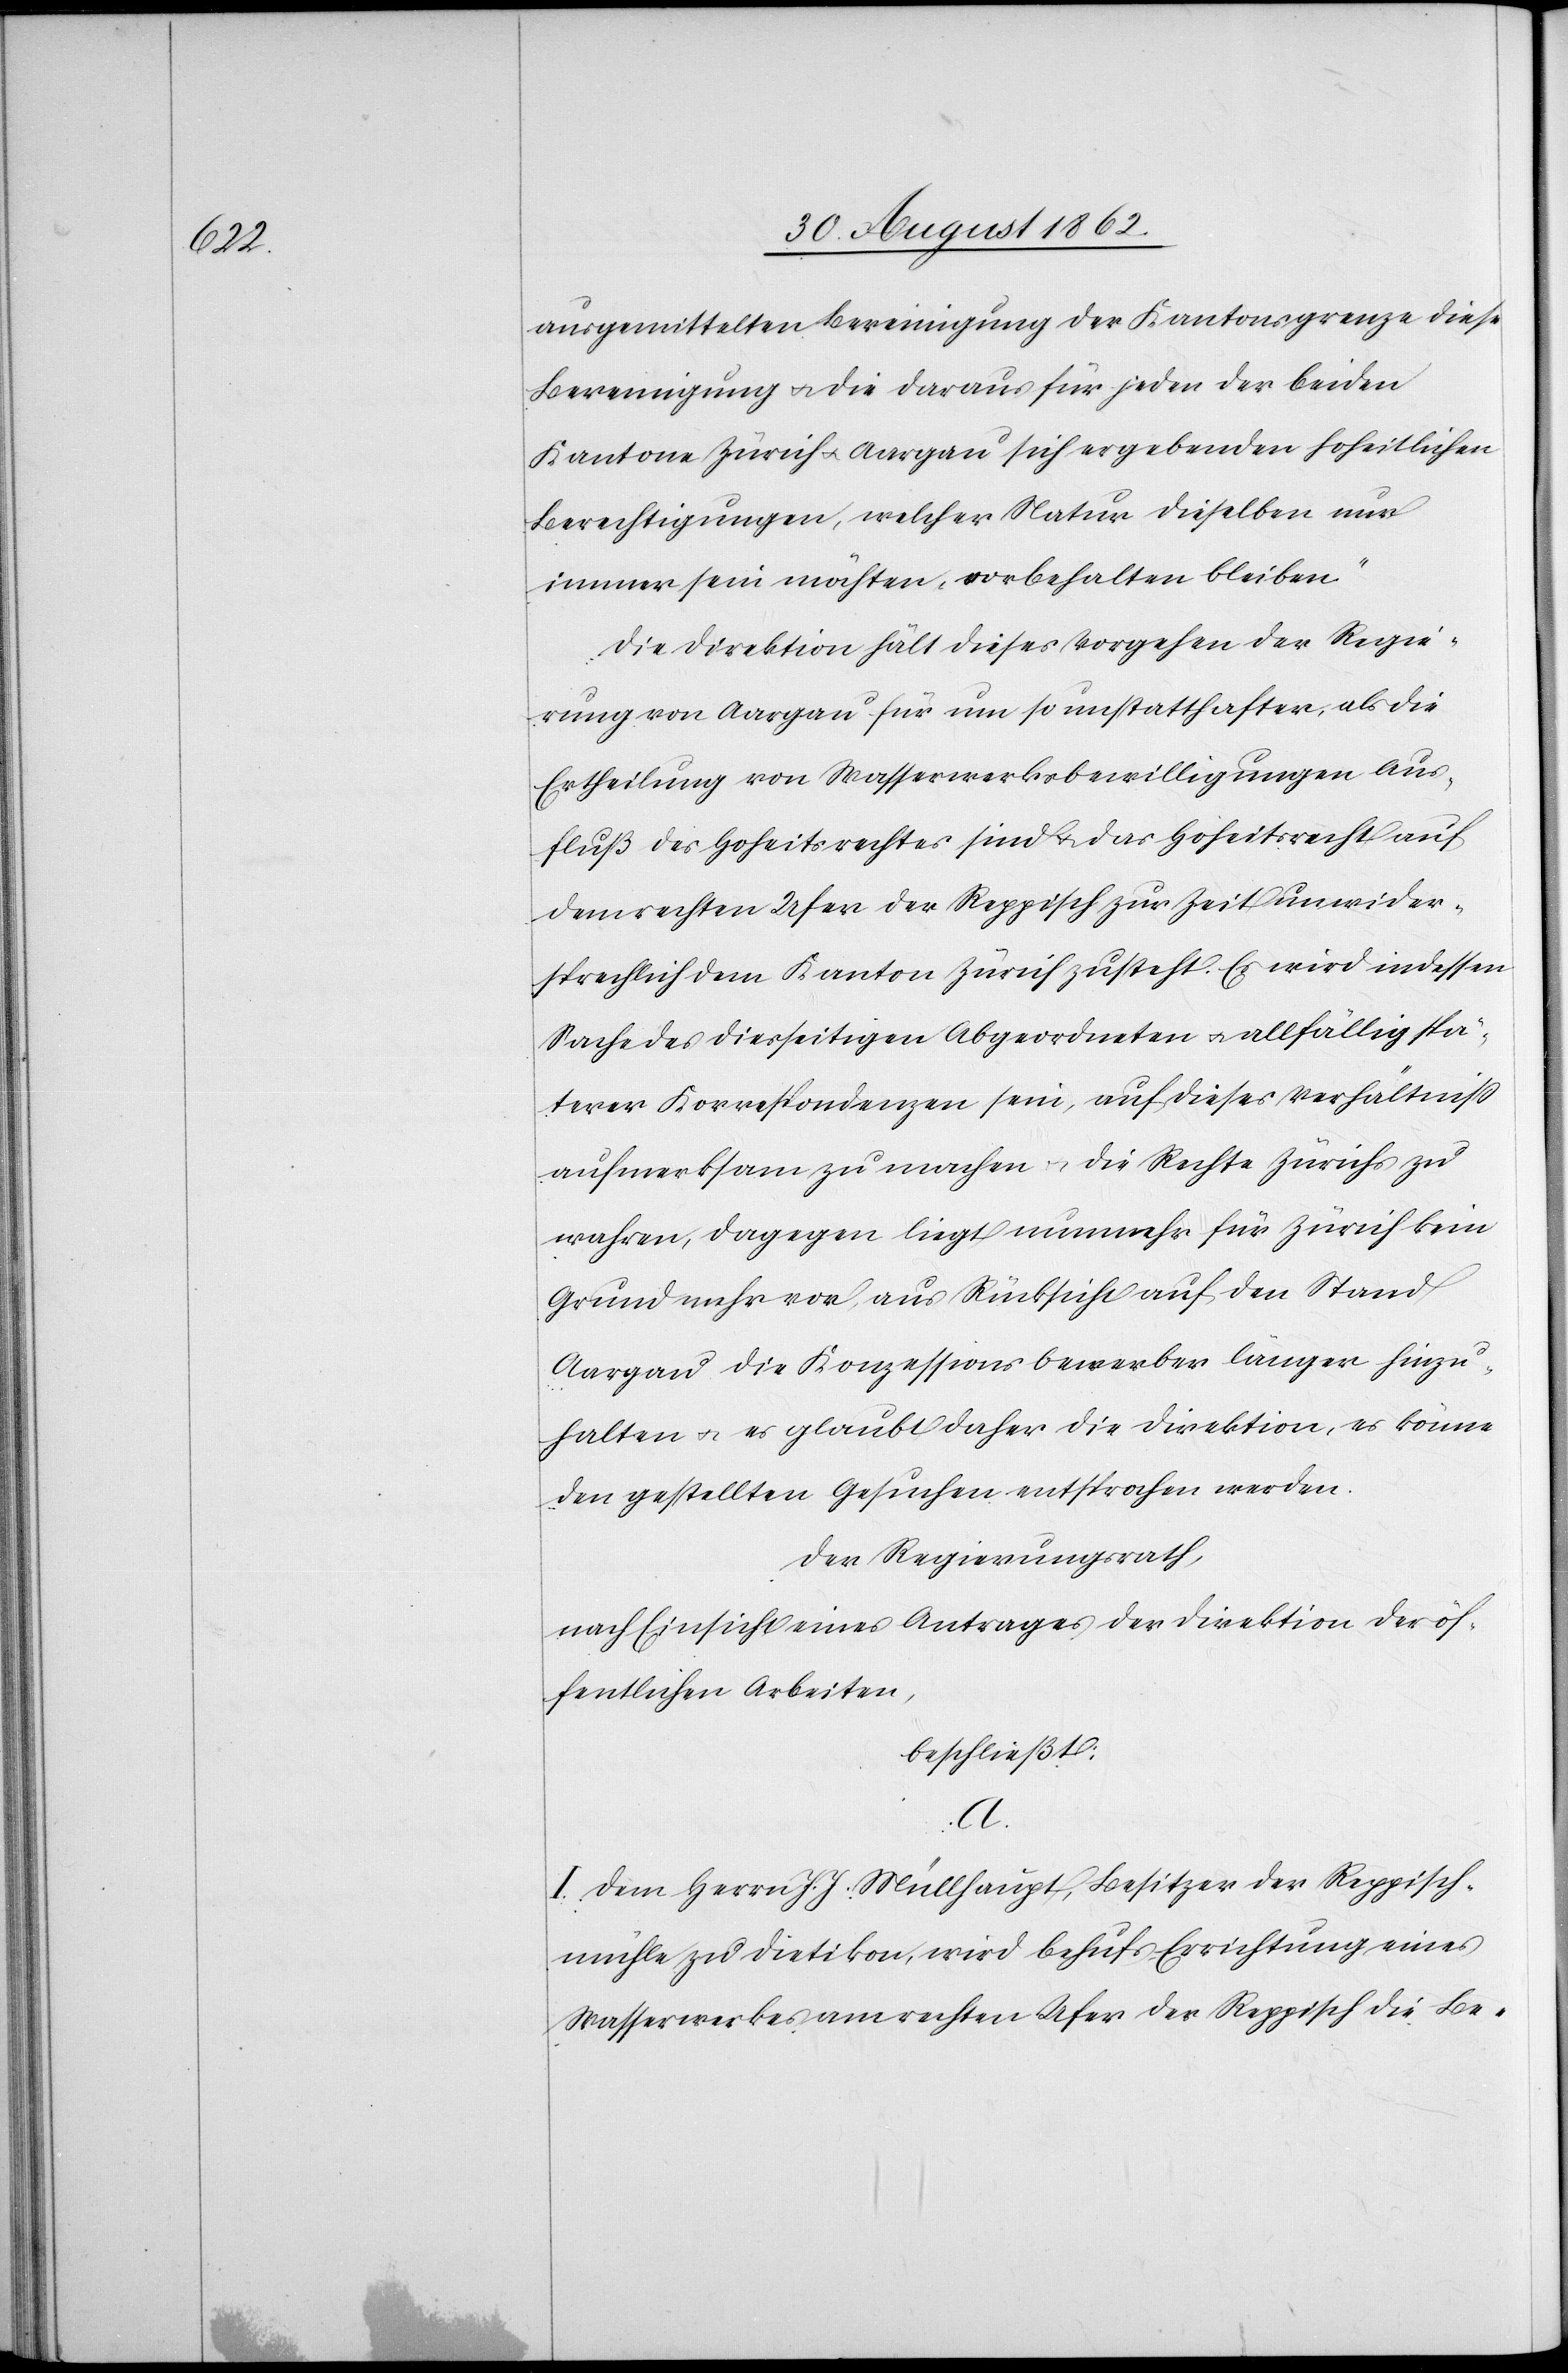
ausgemittelten Bereinigung der Kantonsgrenze diese
Bereinigung u. die daraus für jeden der beiden
Kantone Zürich u. Aargau sich ergebenden hoheitlichen
Berechtigungen, welcher Natur dieselben nur
immer sein möchten, vorbehalten bleiben.“
Die Direktion hält dieses Vorgehen der Regie¬
rung von Aargau für um so unstatthafter, als die
Ertheilung von Wasserwerksbewilligungen Aus¬
fluß des Hoheitsrechtes sind u. das Hoheitsrecht auf
dem rechten Ufer der Reppisch zur Zeit unwider¬
sprechlich dem Kanton Zürich zusteht. Es wird indessen
Sache des diesseitigen Abgeordneten u. allfällig spä¬
terer Korrespondenzen sein, auf dieses Verhältniß
aufmerksam zu machen u. die Rechte Zürichs zu
wahren, dagegen liegt nunmehr für Zürich kein
Grund mehr vor, aus Rücksicht auf den Stand
Aargau die Konzessionsbewerber länger hinzu¬
halten u. es glaubt daher die Direktion, es könne
den gestellten Gesuchen entsprochen werden.
Der Regierungsrath,
nach Einsicht eines Antrages der Direktion der öf¬
fentlichen Arbeiten,
beschließt:
A.
I. Dem Herrn J. J. Müllhaupt, Besitzer der Reppisch¬
mühle zu Dietikon, wird behuf Errichtung eines
Wasserwerkes am rechten Ufer der Reppisch die Be-